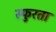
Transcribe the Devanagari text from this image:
स्फुरता